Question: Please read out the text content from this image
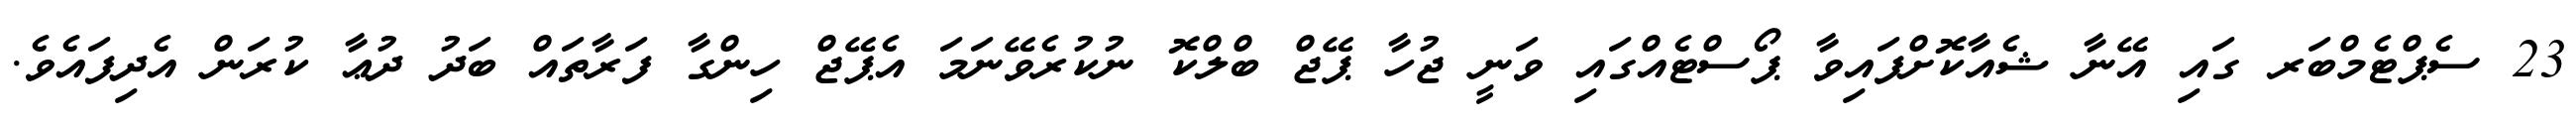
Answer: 23 ސެޕްޓެމްބަރ ގައި އޭނާ ޝެއާކޮށްފައިވާ ޕޯސްޓެއްގައި ވަނީ ޖުހާ ޕޭޖް ބްލްކޮ ނުކުރެވޭނަމަ އެޕޭޖް ހިންގާ ފަރާތައް ބަދު ދުޢާ ކުރަން އެދިފައެވެ.